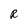
Character: R